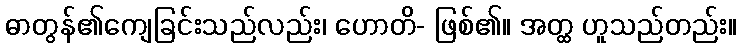
ဓာတွန်၏ကျေခြင်းသည်လည်း၊ ဟောတိ- ဖြစ်၏။ အတ္ထ ဟူသည်တည်း။